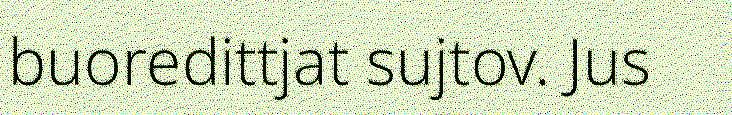
buoredittjat sujtov. Jus